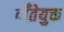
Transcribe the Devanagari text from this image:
दाँतेयुक्त